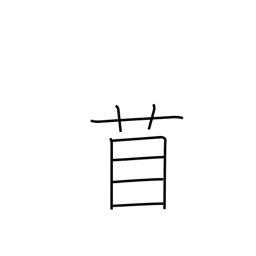
Meaning: medic